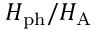
H _ { \mathrm { p h } } / H _ { \mathrm { A \ell } }